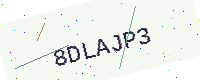
Text: 8DLAJP3